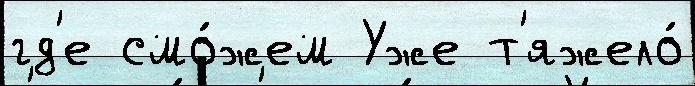
гд'е смо́жем Уже т'яжело́